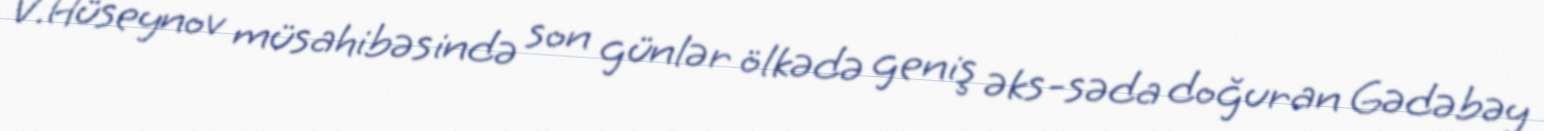
V.Hüseynov müsahibəsində son günlər ölkədə geniş əks-səda doğuran Gədəbəy